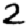
Digit: 2